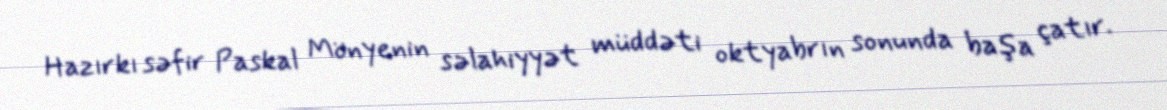
Hazırkı səfir Paskal Mönyenin səlahiyyət müddəti oktyabrın sonunda başa çatır.